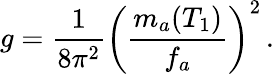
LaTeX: g=\frac{1}{8\pi^{2}}\left(\frac{m_{a}(T_{1})}{f_{a}}\right)^{2}\, .